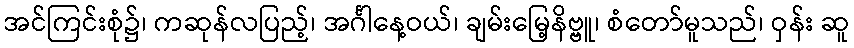
အင်ကြင်းစုံ၌၊ ကဆုန်လပြည့်၊ အင်္ဂါနေ့ဝယ်၊ ချမ်းမြေ့နိဗ္ဗူ၊ စံတော်မူသည်၊ ဝှန်း ဆူ